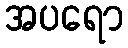
အပရော